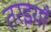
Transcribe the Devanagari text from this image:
तरइयाँ